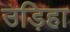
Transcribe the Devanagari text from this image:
उड़िहा